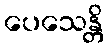
ပေသေန္တိ